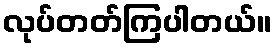
လုပ်တတ်ကြပါတယ်။